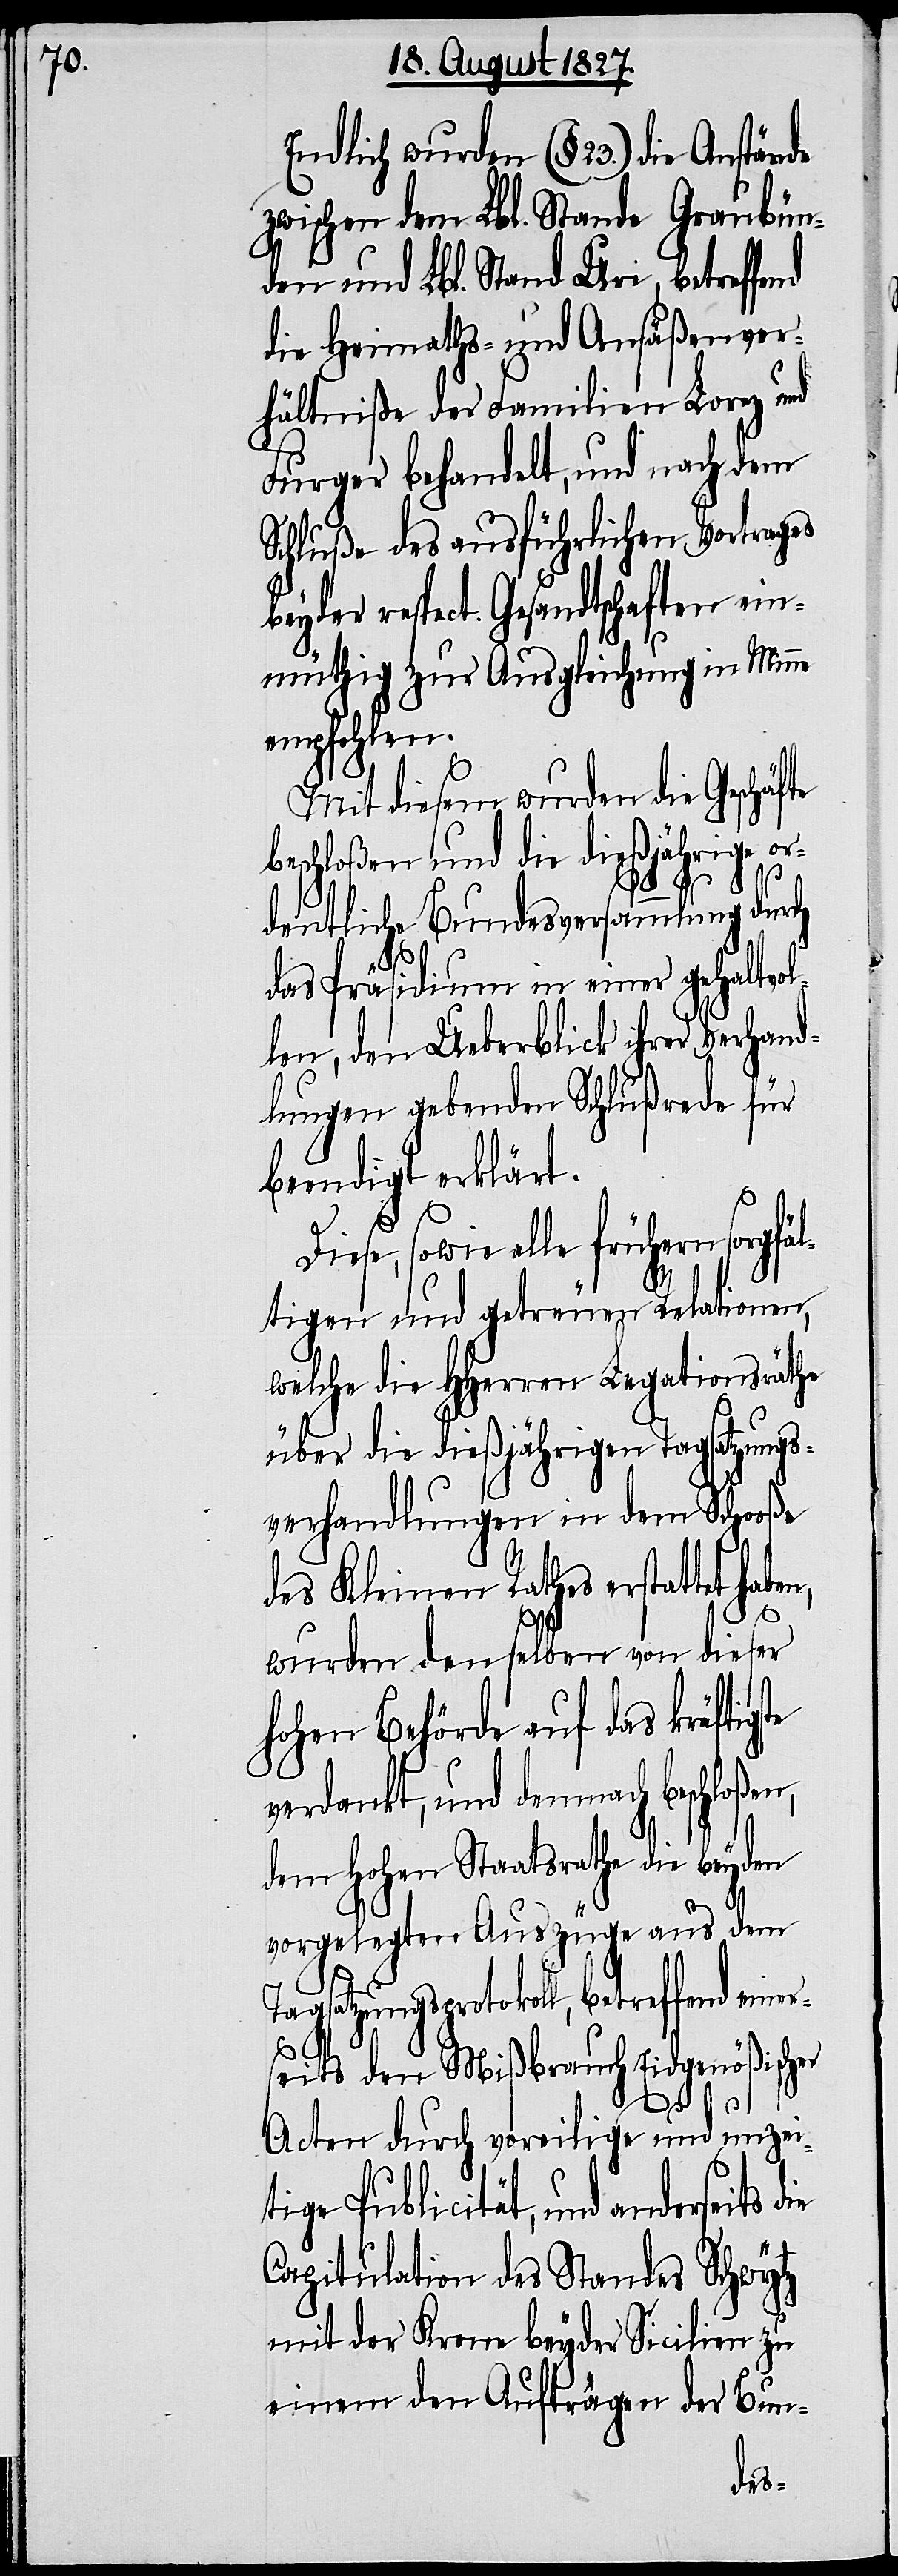
Endlich wurden (§ 23.) die Anstände
zwischen dem Lbl. Stande Graubün¬
den und Lbl. Stand Uri, betreffend
die Heimaths- und Ansäßenver¬
hältniße der Familien Lorez und
Furger behandelt, und nach dem
Schluße des ausführlichen Vortrages
beyder respect. Gesandtschaften ein¬
müthig zur Ausgleichung in Minne
empfohlen.
Mit diesem wurden die Geschäfte
beschloßen und die dießjährige or¬
dentliche Bundesversammlung durch
n,
das Präsidium in einer gehaltvol¬
len, den Ueberblick ihrer Verhand¬
lungen gebenden Schlußrede für
beendigt erklärt.
sowie alle frühern sorgfä¬
ltigen und getreuen Relationen,
welche die HHerrn Legationsräthe
über die dießjährigen Tagsatzungs¬
verhandlungen in dem Schooße
des Kleinen Rathes erstattet haben,
wurden denselben von dieser
hohen Behörde auf das kräftigs¬
verdankt, und demnach beschloße¬
dem Hohen Staatsrathe die beyden
vorgelegten Auszüge aus dem
Tagsatzungsprotokoll, betreffend einers¬
eits den Mißbrauch Eidgenößischer
Acten durch voreilige und unzei¬
tige Publicität, und anderseits
Capitulation des Standes Schwytz
mit der Krone beyder Sicilien zu
einem den Aufträgen der Bun-